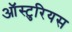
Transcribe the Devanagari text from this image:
ऑस्टुरियस